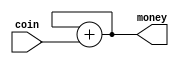
`timescale 1ns / 1ps
//////////////////////////////////////////////////////////////////////////////////
// Company: 
// Engineer: 
// 
// Design Name: 
// Module Name:    async_example 
// Project Name: 
// Target Devices: 
// Tool versions: 
// Description: 
//
// Dependencies: 
//
// Revision: 
// Revision 0.01 - File Created
// Additional Comments: 
//
//////////////////////////////////////////////////////////////////////////////////
module async_example(
    input [9:0] coin,
    output reg [9:0] money
    );

initial money = 9'b0; 

always @(coin)							// uodate on arrival of coin
	begin
		money = money + coin; 		// why do you give away credit in tb?
	end

endmodule